Annual report on the mental hospital in the Central Provinces and Berar (Nagpur) - 1927-1951
Year: 1927
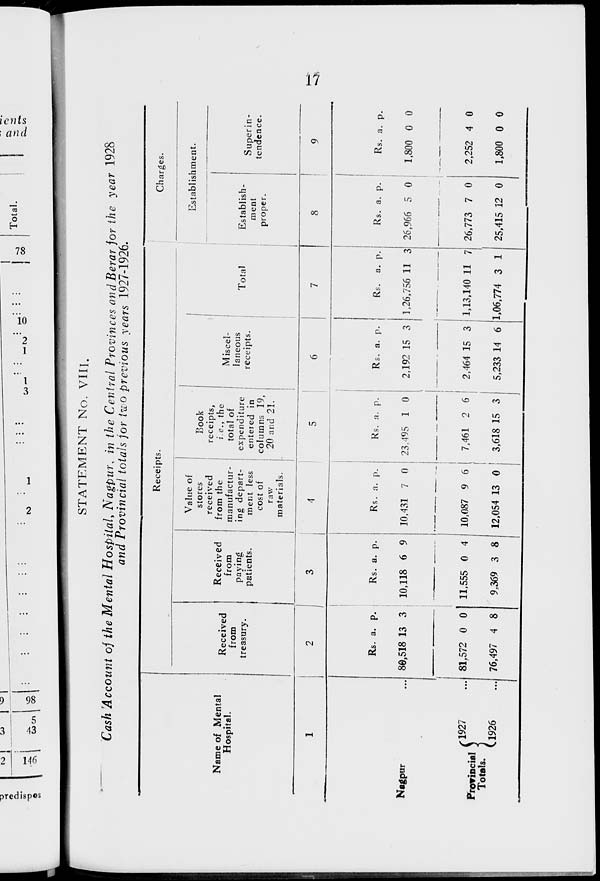
17
STATEMENT No. VIII.
Cash Account of the Mental Hospital, Nagpur, in the Central Provinces and Berar for the year 1928
and Provincial totals for two previous years 1927-1926.
Name of Mental
Hospital.
1
Nagpur ...
Provincial
Totals.
1927 ...
1926
...
Receipts.
Received
from
treasury.
2
Rs.
80,518
81,572
76,497
a.
13
0
4
p.
3
0
8
Received
from
paying
patients.
3
Rs.
10,118
11,555
9,369
a.
6
0
3
p.
9
4
8
Value of
stores
received
from the
manufactur-
ing depart-
ment less
cost of
raw
materials.
4
Rs.
10,431
10,087
12,054
a.
7
9
13
p.
0
6
0
Book
receipts,
i.e., the
total of
expenditure
entered in
columns 19,
20 and 21.
5
Rs.
23,495
7,461
3,618
a.
1
2
15
p.
0
6
3
Miscel-
laneous
receipts.
6
Rs.
2,192
2,464
5,233
a.
15
15
14
p.
3
3
6
Total
7
Rs.
1,26,756
1,13,140
1,06,774
a.
11
11
3
p.
3
7
1
Charges.
Establishment.
Establish-
ment
proper.
8
Rs.
26,966
26,773
25,415
a.
5
7
12
p.
0
0
0
Superin-
tendence.
9
Rs.
1,800
2,252
1,800
a.
0
4
0
p.
0
0
0